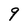
Character: 9